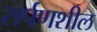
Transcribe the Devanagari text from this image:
सर्पणशील